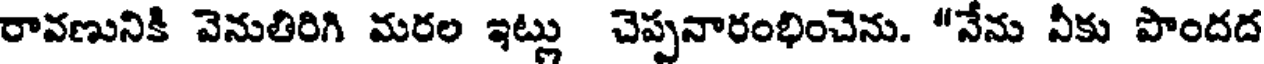
రావణునికి వెనుతిరిగి మరల ఇట్లు చెప్పనారంభించెను. "నేను నీకు పొందద